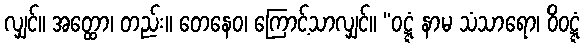
လျှင်။ အတ္ထော၊ တည်း။ တေနေဝ၊ ကြောင့်သာလျှင်။ “ဝဋ္ဋံ နာမ သံသာရော၊ ဝိဝဋ္ဋံ